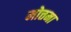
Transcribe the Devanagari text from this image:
मोत्तमा